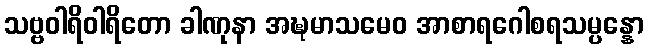
သဗ္ဗဝါရိဝါရိတော ခါဏုနာ အဍ္ဎမာသမေဝ အာစာရဂေါစရသမ္ပန္နော